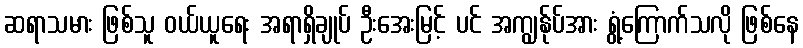
ဆရာသမား ဖြစ်သူ ဝယ်ယူရေး အရာရှိချုပ် ဦးအေးမြင့် ပင် အကျွန်ုပ်အား ရွံ့ကြောက်သလို ဖြစ်နေ